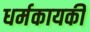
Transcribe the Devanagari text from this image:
धर्मकायकी